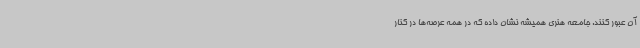
آن عبور کنند. جامعه هنری همیشه نشان داده که در همه عرصه‌ها در کنار